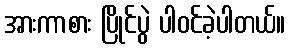
အားကာစား ပြိုင်ပွဲ ပါဝင်ခဲ့ပါတယ်။